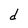
Character: d